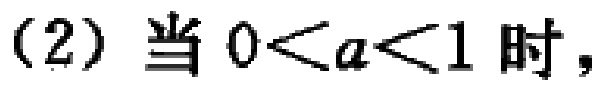
（2）当 \(0 < a < 1\) 时，